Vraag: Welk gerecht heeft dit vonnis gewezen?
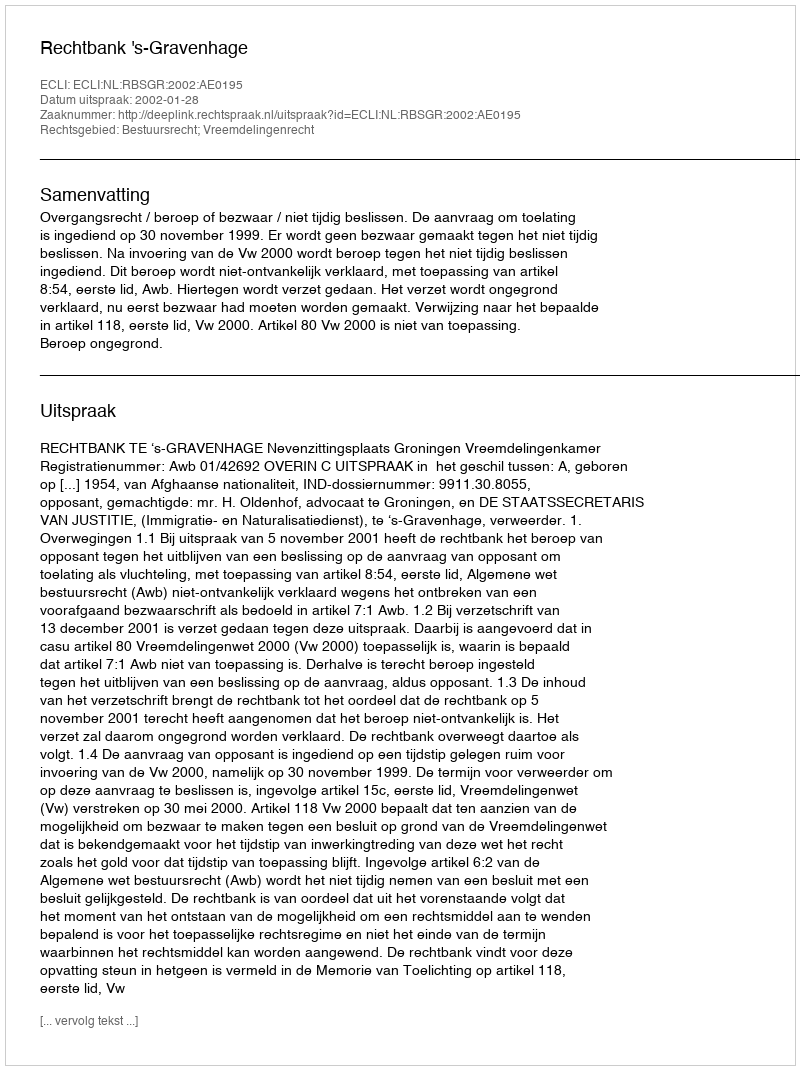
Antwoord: Rechtbank 's-Gravenhage